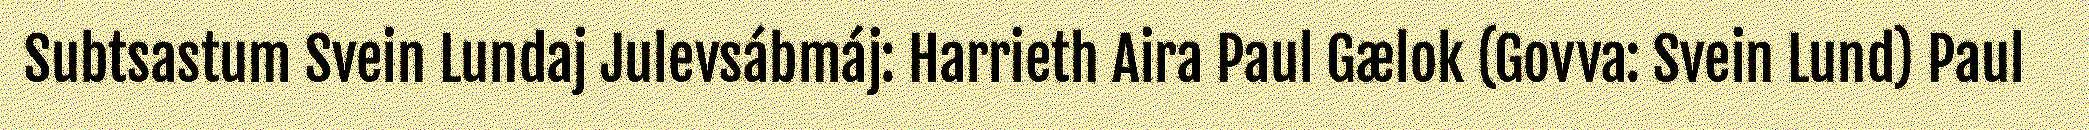
Subtsastum Svein Lundaj Julevsábmáj: Harrieth Aira Paul Gælok (Govva: Svein Lund) Paul